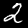
Label: 2